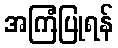
အကြံပြုရန်